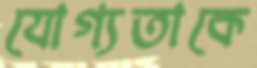
যোগ্যতাকে